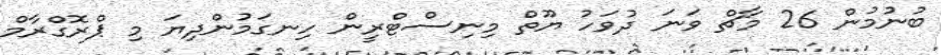
ބުނުމުން 26 މާޗް ވަނަ ދުވަހު ޔޫތް މިނިސްޓްރީން ހިނގަމުންދިޔަ މި ޕްރޮގްރާމް